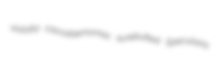
violotta cacodaemoniac surebutted Specularia